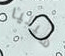
هيليا